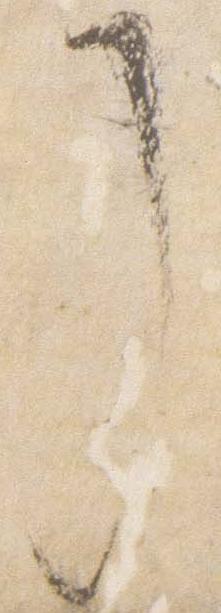
了